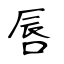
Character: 唇